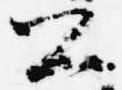
公